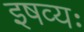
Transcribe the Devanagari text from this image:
इषव्यः